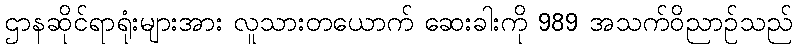
ဌာနဆိုင်ရာရုံးများအား လူသားတယောက် ဆေးခါးကို 989 အသက်ဝိညာဉ်သည်